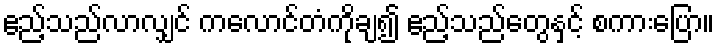
ဧည့်သည်လာလျှင် ကလောင်တံကိုချ၍ ဧည့်သည်တွေနှင့် စကားပြော။